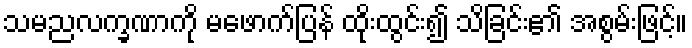
သမညလက္ခဏာကို မဖောက်ပြန် ထိုးထွင်း၍ သိခြင်း၏ အစွမ်းဖြင့်။